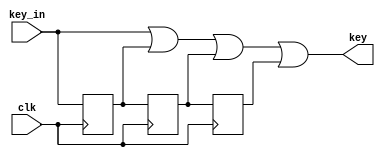
module debounce(clk, key_in, key);		//
	input clk;								
	input key_in;				
	output key;				
	
	reg dout1,dout2,dout3;		

	assign key = (key_in | dout1 | dout2 | dout3);	

	always @(posedge clk)
	begin
			dout1 <= key_in;
			dout2 <= dout1;
			dout3 <= dout2;	
	end
endmodule